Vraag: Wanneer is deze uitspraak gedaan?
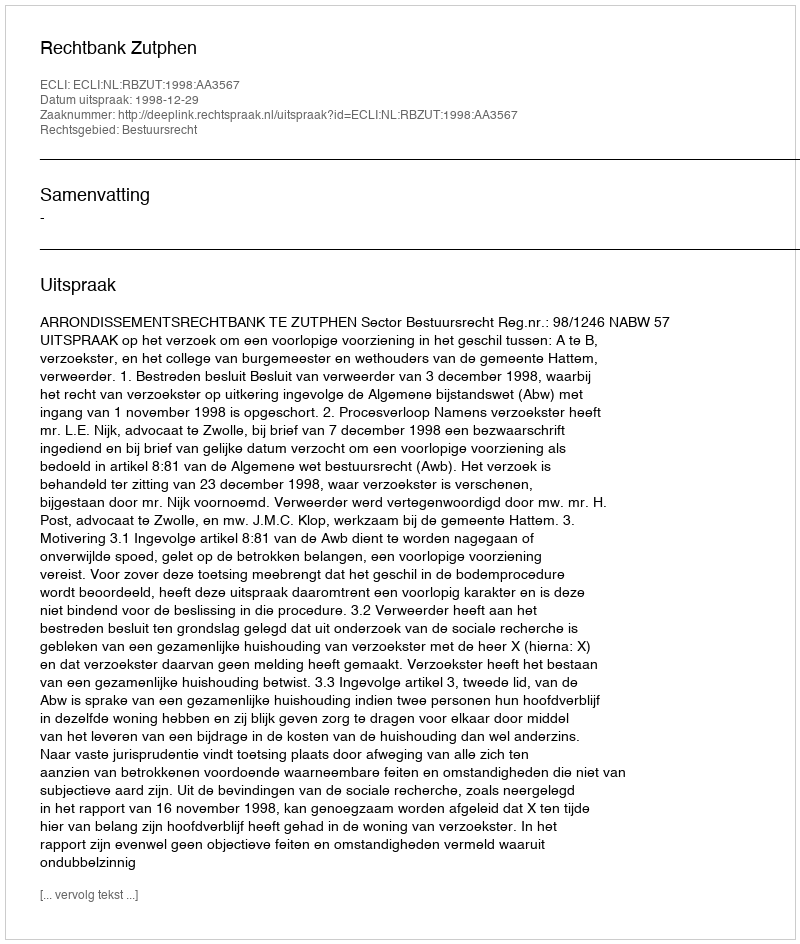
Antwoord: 1998-12-29